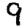
Digit: 9